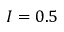
I = 0 . 5